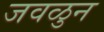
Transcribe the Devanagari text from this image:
जवळुन